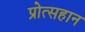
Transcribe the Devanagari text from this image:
प्रोत्सहान